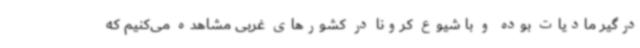
درگیر مادیات بوده و با شیوع کرونا در کشورهای غربی مشاهده می‌کنیم که